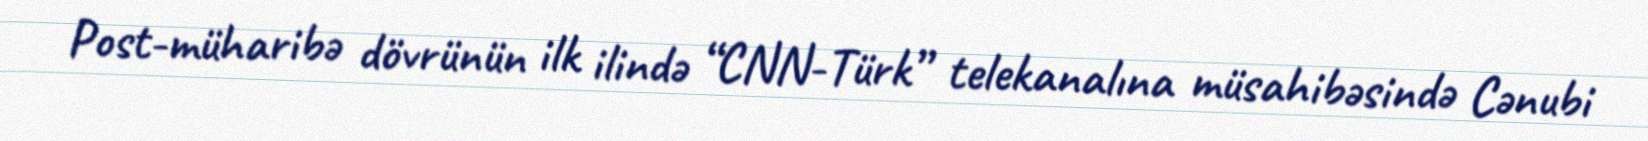
Post-müharibə dövrünün ilk ilində “CNN-Türk” telekanalına müsahibəsində Cənubi